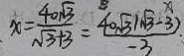
x = \frac { 4 0 \sqrt { 3 } } { \sqrt { 3 } + 3 } = \frac { 4 0 \sqrt { 3 } ( \sqrt { 3 } - 3 ) } { - 3 } .